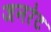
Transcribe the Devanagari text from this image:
जनरेट